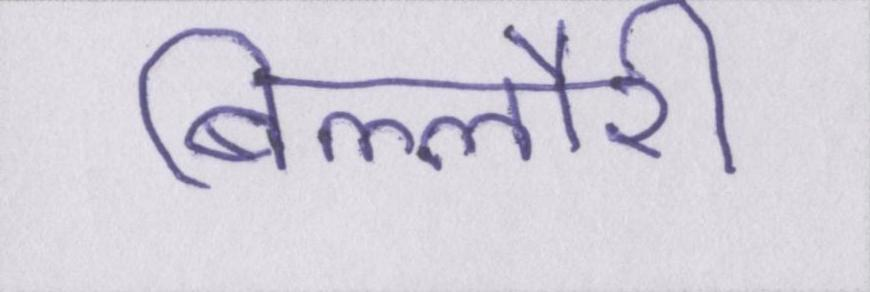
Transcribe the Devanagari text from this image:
बिल्लौरी